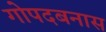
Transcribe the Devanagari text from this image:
गोपदबनास